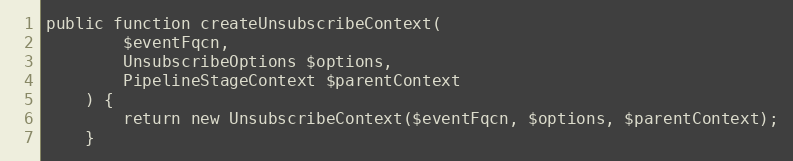
Language: PHP
public function createUnsubscribeContext(
        $eventFqcn,
        UnsubscribeOptions $options,
        PipelineStageContext $parentContext
    ) {
        return new UnsubscribeContext($eventFqcn, $options, $parentContext);
    }